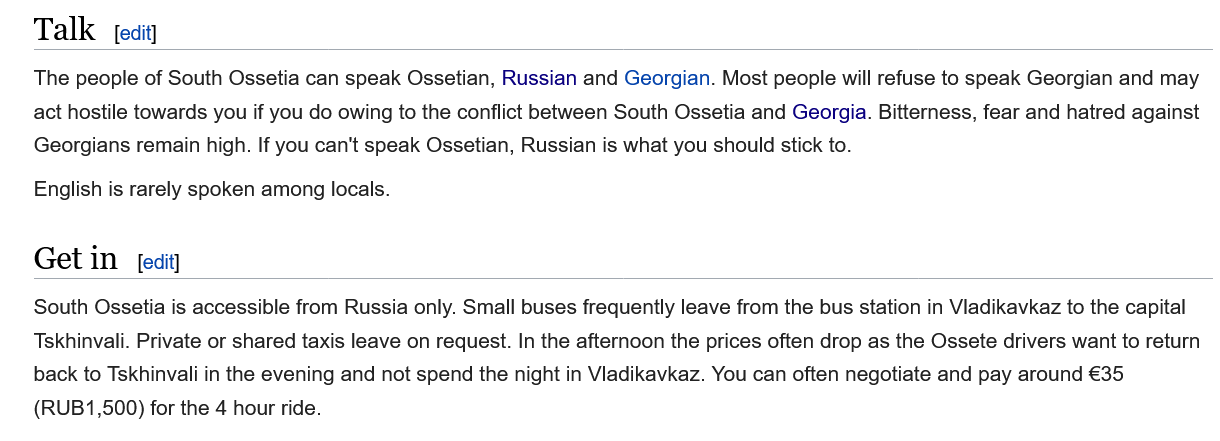
Talk
    The people of South Ossetia can speak Ossetian, Russian and Georgian. Most people will refuse to speak Georgian and may
    act hostile towards you if you do owing to the conflict between South Ossetia and Georgia. Bitterness, fear and hatred against
    Georgians remain high. If you can't speak Ossetian, Russian is what you should stick to.
    English is rarely spoken among locals.
    Get  in
    South Ossetia is accessible from Russia only. Small buses frequently leave from the bus station in Vladikavkaz to the capital
    Tskhinvali. Private or shared taxis leave on request. In the afternoon the prices often drop as the Ossete drivers want to return
    back to Tskhinvali in the evening and not spend the night in Vladikavkaz. You can often negotiate and pay around €35
    (RUB1,500) for the 4 hour ride.
     [edit]
     [ecit}